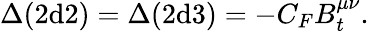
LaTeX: \Delta(2\mathrm{d}2)=\Delta(2\mathrm{d}3)=-C_{F}B_{t}^{\mu\nu}.